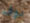
دوف